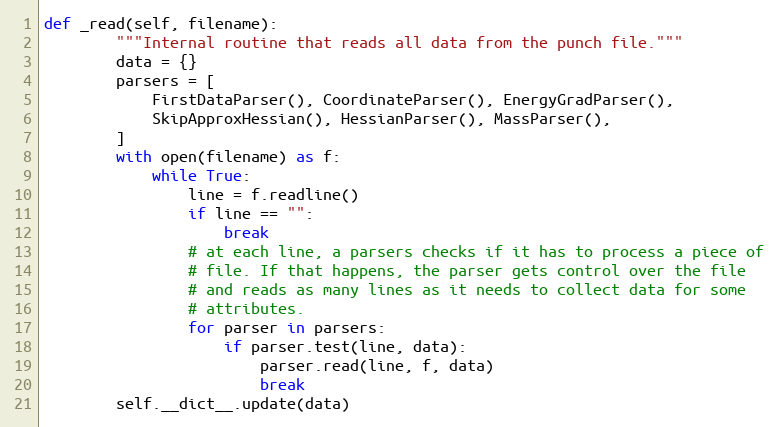
Language: Python
def _read(self, filename):
        """Internal routine that reads all data from the punch file."""
        data = {}
        parsers = [
            FirstDataParser(), CoordinateParser(), EnergyGradParser(),
            SkipApproxHessian(), HessianParser(), MassParser(),
        ]
        with open(filename) as f:
            while True:
                line = f.readline()
                if line == "":
                    break
                # at each line, a parsers checks if it has to process a piece of
                # file. If that happens, the parser gets control over the file
                # and reads as many lines as it needs to collect data for some
                # attributes.
                for parser in parsers:
                    if parser.test(line, data):
                        parser.read(line, f, data)
                        break
        self.__dict__.update(data)